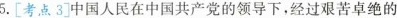
5.[考点3]中国人民在中国共产党的领导下，经过艰苦卓绝的